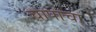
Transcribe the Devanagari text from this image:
चापाचा